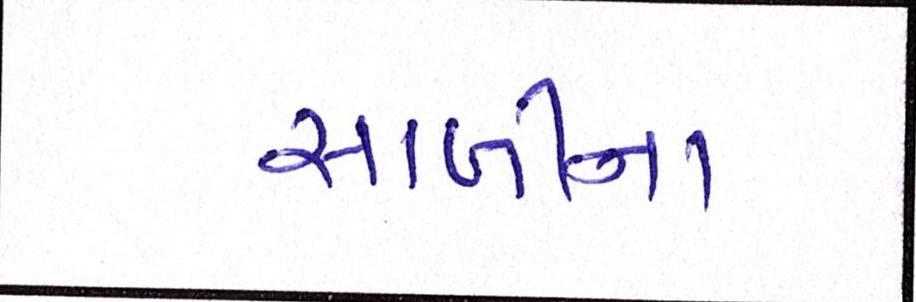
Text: સાળીના